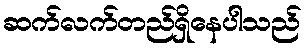
ဆက်လက်တည်ရှိနေပါသည်